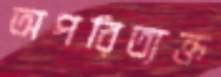
অপরিত্যক্ত